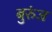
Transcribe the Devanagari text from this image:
बुरुंज